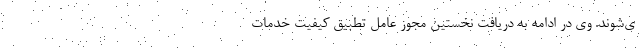
ی‌شوند. وی در ادامه به دریافت نخستین مجوز عامل تطبیق کیفیت خدمات